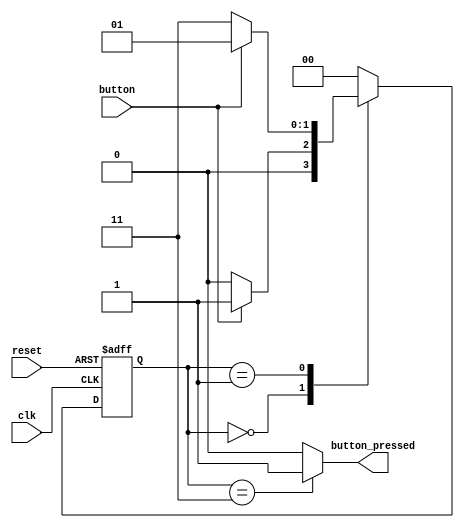
`timescale 1ns / 10ps

module FSM_button(
    input clk,
    input reset,
    input button,
	output button_pressed
    );
    
    parameter   IDLE    =   2'b00;
    parameter   ST0     =   2'b01;
    parameter   ST1     =   2'b11;
    reg   [1:0]     c_state ;
    reg   [1:0]     n_state ;
	
    always@(*)begin
    case(c_state)
    IDLE:   if(button == 1'b1)
            n_state = ST0;
            else 
            n_state = IDLE;
    ST0:    if(button == 1'b0)
            n_state = ST1;
            else 
            n_state = ST0;
    ST1:    n_state = IDLE;
    default: n_state = IDLE;      
    endcase
    end
    
    always@(posedge clk or posedge reset)
    if(reset) c_state  <=  IDLE;
    else c_state <=  n_state;
 
  // FSM output
  assign  button_pressed = (c_state == ST1)? 1'b1  : 1'b0;  
  
endmodule